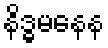
နိဒ္ဓမနေန